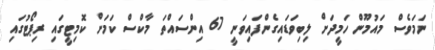
ނަމަވެސް މައުމޫން ހަމީދަށް ލިބިވަޑައިގެންފައިވަނީ 67 އިންސައްތަ މާކްސް ކަމަށް ކޮމިޓީގައި ރިޕޯޓުގައި